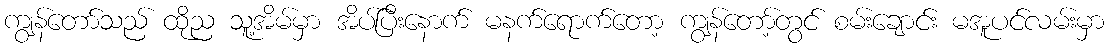
ကျွန်တော်သည် ထိုည သူ့အိမ်မှာ အိပ်ပြီးနောက် မနက်ရောက်တော့ ကျွန်တော့်တွင် စမ်းချောင်း မအူပင်လမ်းမှာ